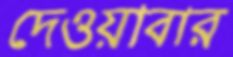
দেওয়াবার